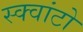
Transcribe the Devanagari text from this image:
स्क्वांटो